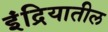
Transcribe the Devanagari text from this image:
इंद्रियातील